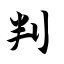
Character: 判